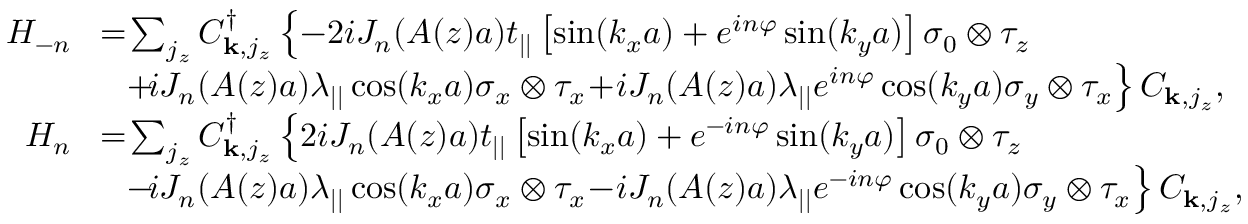
\begin{array} { r l } { H _ { - n } } & { \! = \! \sum _ { j _ { z } } C _ { { \bf k } , j _ { z } } ^ { \dagger } \left\{ - 2 i { \cal J } _ { n } ( A ( z ) a ) t _ { | | } \left[ \sin ( k _ { x } a ) + e ^ { i n \varphi } \sin ( k _ { y } a ) \right] \sigma _ { 0 } \otimes \tau _ { z } \right. } \\ & { \left. ~ ~ \! + \! i { \cal J } _ { n } ( A ( z ) a ) \lambda _ { | | } \cos ( k _ { x } a ) \sigma _ { x } \otimes \tau _ { x } \! + \! i { \cal J } _ { n } ( A ( z ) a ) \lambda _ { | | } e ^ { i n \varphi } \cos ( k _ { y } a ) \sigma _ { y } \otimes \tau _ { x } \right\} C _ { { \bf k } , j _ { z } } , } \\ { H _ { n } } & { \! = \! \sum _ { j _ { z } } C _ { { \bf k } , j _ { z } } ^ { \dagger } \left\{ 2 i { \cal J } _ { n } ( A ( z ) a ) t _ { | | } \left[ \sin ( k _ { x } a ) + e ^ { - i n \varphi } \sin ( k _ { y } a ) \right] \sigma _ { 0 } \otimes \tau _ { z } \right. } \\ & { \left. ~ ~ \! - \! i { \cal J } _ { n } ( A ( z ) a ) \lambda _ { | | } \cos ( k _ { x } a ) \sigma _ { x } \otimes \tau _ { x } \! - \! i { \cal J } _ { n } ( A ( z ) a ) \lambda _ { | | } e ^ { - i n \varphi } \cos ( k _ { y } a ) \sigma _ { y } \otimes \tau _ { x } \right\} C _ { { \bf k } , j _ { z } } , } \end{array}